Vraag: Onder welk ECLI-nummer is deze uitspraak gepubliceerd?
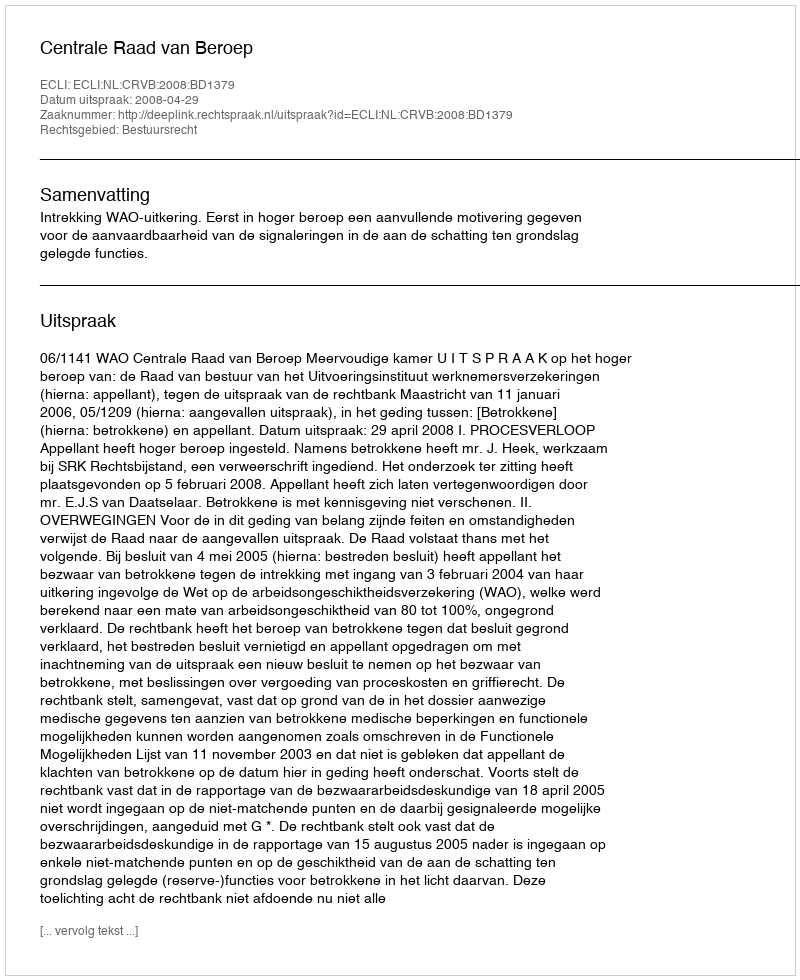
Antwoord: ECLI:NL:CRVB:2008:BD1379